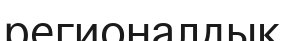
регионалдық